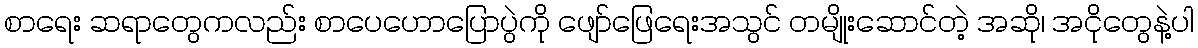
စာရေး ဆရာတွေကလည်း စာပေဟောပြောပွဲကို ဖျော်ဖြေရေးအသွင် တမျိုးဆောင်တဲ့ အဆို၊ အငိုတွေနဲ့ပါ